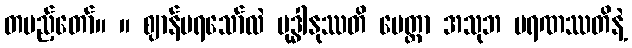
တပည့်တော်။ ။ ဈာန်မရသော်လဲ ဗုဒ္ဓါနုဿတိ မေတ္တာ အသုဘ မရဏဿတိနဲ့